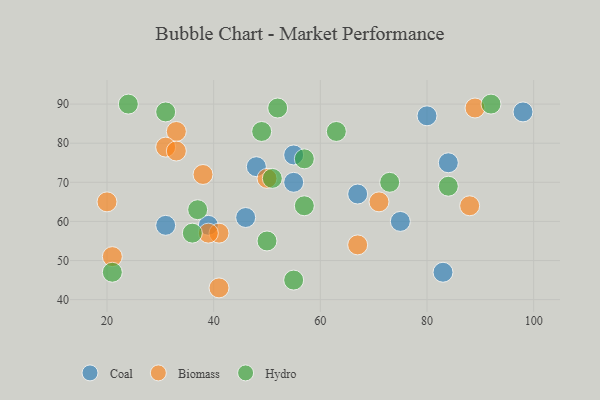
{"axis": {"x": "GDP", "y": "Life Expectancy"}, "legend": ["Biomass", "Coal", "Hydro"], "data": [{"x": "46", "y": 61, "type": "Coal"}, {"x": "84", "y": 75, "type": "Coal"}, {"x": "67", "y": 67, "type": "Coal"}, {"x": "80", "y": 87, "type": "Coal"}, {"x": "98", "y": 88, "type": "Coal"}, {"x": "75", "y": 60, "type": "Coal"}, {"x": "31", "y": 59, "type": "Coal"}, {"x": "48", "y": 74, "type": "Coal"}, {"x": "55", "y": 77, "type": "Coal"}, {"x": "83", "y": 47, "type": "Coal"}, {"x": "39", "y": 59, "type": "Coal"}, {"x": "55", "y": 70, "type": "Coal"}, {"x": "20", "y": 65, "type": "Biomass"}, {"x": "71", "y": 65, "type": "Biomass"}, {"x": "88", "y": 64, "type": "Biomass"}, {"x": "33", "y": 83, "type": "Biomass"}, {"x": "31", "y": 79, "type": "Biomass"}, {"x": "21", "y": 51, "type": "Biomass"}, {"x": "41", "y": 43, "type": "Biomass"}, {"x": "41", "y": 57, "type": "Biomass"}, {"x": "39", "y": 57, "type": "Biomass"}, {"x": "50", "y": 71, "type": "Biomass"}, {"x": "33", "y": 78, "type": "Biomass"}, {"x": "67", "y": 54, "type": "Biomass"}, {"x": "89", "y": 89, "type": "Biomass"}, {"x": "38", "y": 72, "type": "Biomass"}, {"x": "84", "y": 69, "type": "Hydro"}, {"x": "49", "y": 83, "type": "Hydro"}, {"x": "57", "y": 76, "type": "Hydro"}, {"x": "55", "y": 45, "type": "Hydro"}, {"x": "24", "y": 90, "type": "Hydro"}, {"x": "92", "y": 90, "type": "Hydro"}, {"x": "52", "y": 89, "type": "Hydro"}, {"x": "37", "y": 63, "type": "Hydro"}, {"x": "73", "y": 70, "type": "Hydro"}, {"x": "57", "y": 64, "type": "Hydro"}, {"x": "36", "y": 57, "type": "Hydro"}, {"x": "21", "y": 47, "type": "Hydro"}, {"x": "63", "y": 83, "type": "Hydro"}, {"x": "51", "y": 71, "type": "Hydro"}, {"x": "31", "y": 88, "type": "Hydro"}, {"x": "50", "y": 55, "type": "Hydro"}]}